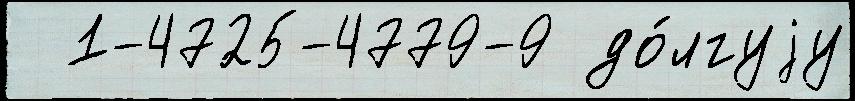
  1-4725-4779-9 до́лгуjу